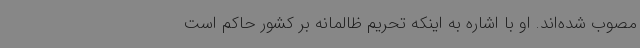
مصوب شده‌اند. او با اشاره به اینکه تحریم ظالمانه بر کشور حاکم است